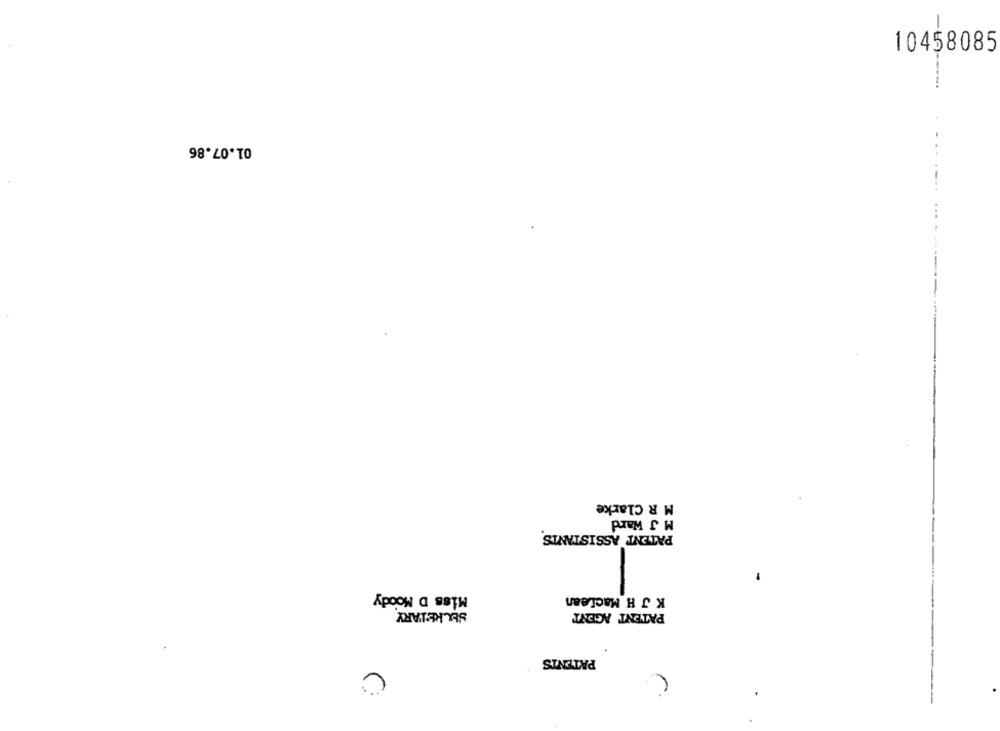
10458085
01.07.86
M R Clarke
M J Ward
PATENT ASSISTANTS
Miss D Moody
K J H Maclean
SELKETARY
PATENT AGENT
PATENIS